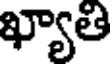
ఖ్యాతి